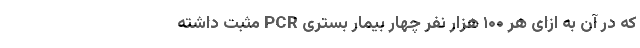
که در آن به ازای هر ۱۰۰ هزار نفر چهار بیمار بستری PCR مثبت داشته